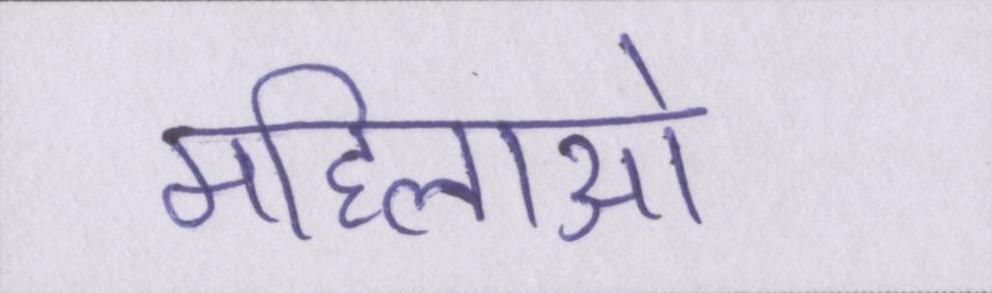
महिलाओ